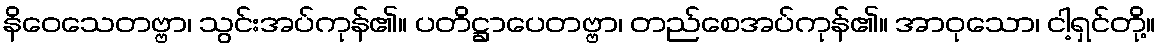
နိဝေသေတဗ္ဗာ၊ သွင်းအပ်ကုန်၏။ ပတိဋ္ဌာပေတဗ္ဗာ၊ တည်စေအပ်ကုန်၏။ အာဝုသော၊ ငါ့ရှင်တို့။